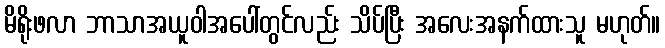
မိရိုးဖလာ ဘာသာအယူဝါအပေါ်တွင်လည်း သိပ်ပြီး အလေးအနက်ထားသူ မဟုတ်။